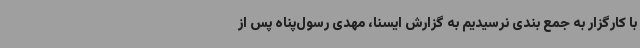
با کارگزار به جمع بندی نرسیدیم به گزارش ایسنا، مهدی رسول‌پناه پس از